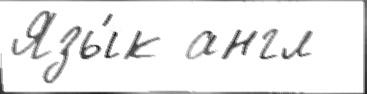
Язы́к англ